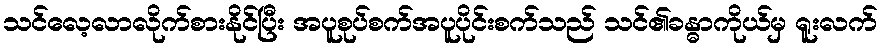
သင်လေ့လာလိုက်စားနိုင်ပြီး အပူစုပ်စက်အပူပိုင်းစက်သည် သင်၏ခန္ဓာကိုယ်မှ ရူးလက်